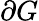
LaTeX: \partial G